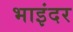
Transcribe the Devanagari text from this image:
भाइंदर